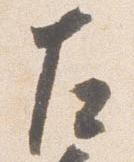
左